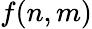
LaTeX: f(n,m)